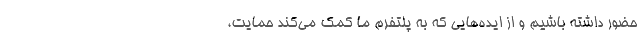
حضور داشته باشیم و از ایده‌هایی که به پلتفرم ما کمک می‌کند حمایت،